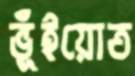
ভূঁইয়োত